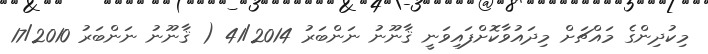
މިކުދިންގެ މައްޗަށް މިދައުވާކޮށްފައިވަނީ ޤާނޫނު ނަންބަރު 41/2014 ( ޤާނޫނު ނަންބަރު 17/2010